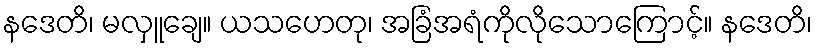
နဒေတိ၊ မလှူချေ။ ယသဟေတု၊ အခြံအရံကိုလိုသောကြောင့်။ နဒေတိ၊